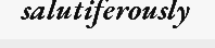
salutiferously